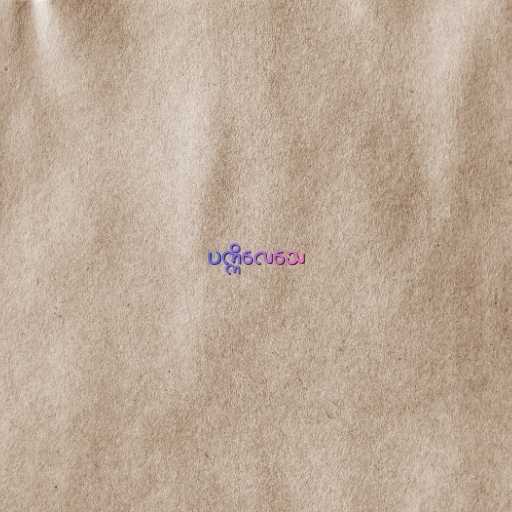
ပက္ကိလေသေ